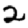
Digit: 2